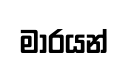
මාරයන්